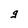
Character: g